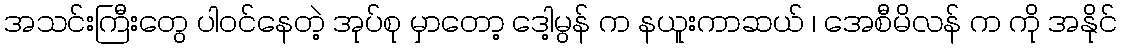
အသင်းကြီးတွေ ပါဝင်နေတဲ့ အုပ်စု မှာတော့ ဒေါ့မွန် က နယူးကာဆယ် ၊ အေစီမိလန် က ကို အနိုင်